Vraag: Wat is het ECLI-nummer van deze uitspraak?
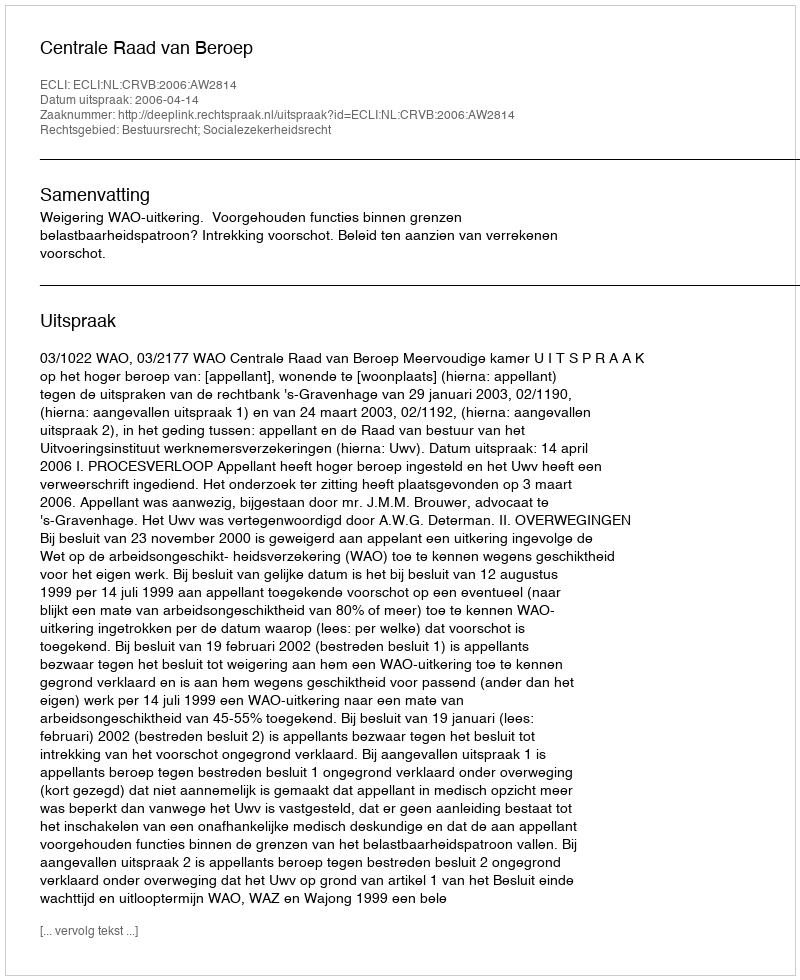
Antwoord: ECLI:NL:CRVB:2006:AW2814